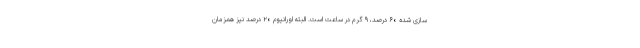
سازی شده ۶۰ درصد، ۹ گرم در ساعت است. البته اورانیوم ۲۰ درصد نیز همزمان